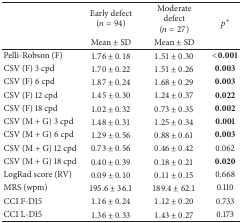
| <ROWSPAN=2>  | Early defect (n = 94) | Moderate defect (n = 27) | <ROWSPAN=2> p∗ |
 | Mean ± SD | Mean ± SD |
 | --- | --- | --- | --- |
 | Pelli-Robson (F) | 1.76 ± 0.18 | 1.51 ± 0.30 | <0.001 |
 | CSV (F) 3 cpd | 1.70 ± 0.22 | 1.51 ± 0.26 | 0.003 |
 | CSV (F) 6 cpd | 1.87 ± 0.24 | 1.68 ± 0.29 | 0.003 |
 | CSV (F) 12 cpd | 1.45 ± 0.30 | 1.24 ± 0.37 | 0.022 |
 | CSV (F) 18 cpd | 1.02 ± 0.32 | 0.73 ± 0.35 | 0.002 |
 | CSV (M + G) 3 cpd | 1.48 ± 0.31 | 1.25 ± 0.34 | 0.001 |
 | CSV (M + G) 6 cpd | 1.29 ± 0.56 | 0.88 ± 0.61 | 0.003 |
 | CSV (M + G) 12 cpd | 0.73 ± 0.56 | 0.46 ± 0.42 | 0.062 |
 | CSV (M + G) 18 cpd | 0.40 ± 0.39 | 0.18 ± 0.21 | 0.020 |
 | LogRad score (RV) | 0.09 ± 0.10 | 0.11 ± 0.15 | 0.668 |
 | MRS (wpm) | 195.6 ± 36.1 | 189.4 ± 62.1 | 0.110 |
 | CCI F-D15 | 1.16 ± 0.24 | 1.12 ± 0.20 | 0.733 |
 | CCI L-D15 | 1.36 ± 0.33 | 1.43 ± 0.27 | 0.173 |